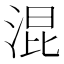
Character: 混